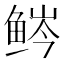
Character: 𬶒